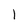
Character: 1